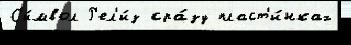
С'и́мвол Р'ел'и́з сра́зу пласт'и́нках